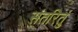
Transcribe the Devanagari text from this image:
संतरितुं